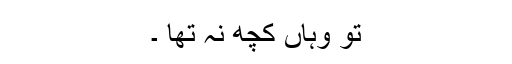
تو وہاں کچھ نہ تھا ۔